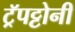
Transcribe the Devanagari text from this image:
ट्रॅपट्टोनी